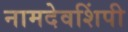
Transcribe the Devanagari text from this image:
नामदेवशिंपी